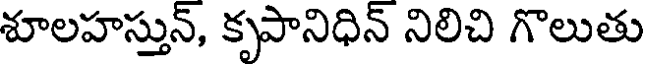
శూలహస్తున్, కృపానిధిన్ నిలిచి గొలుతు